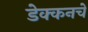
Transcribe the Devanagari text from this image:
डेक्कनचे